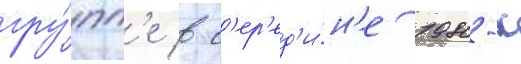
гру́пп'е в с'ер'ед'и́н'е 1980-х